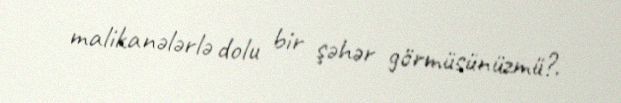
malikanələrlə dolu bir şəhər görmüsünüzmü?.